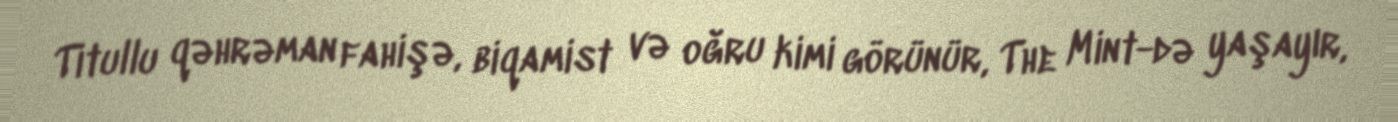
Titullu qəhrəman fahişə, biqamist və oğru kimi görünür, The Mint-də yaşayır,